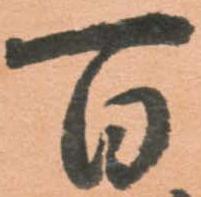
百